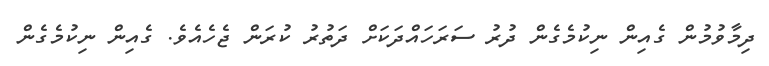
ދިމާވުމުން ގެއިން ނިކުމެގެން ދުރު ސަރަހައްދަކަށް ދަތުރު ކުރަން ޖެހެއެވެ. ގެއިން ނިކުމެގެން